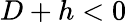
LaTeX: D+h<0